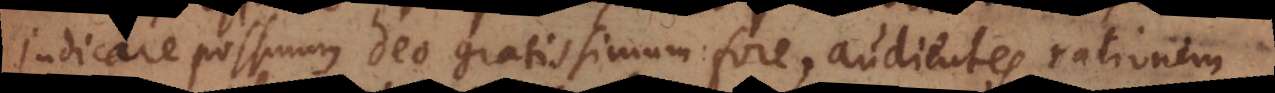
judicare possumus Deo gratissimum fore, audientes rationem